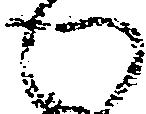
わ